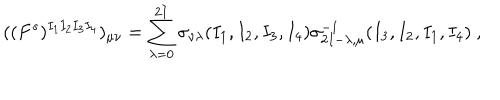
LaTeX: ( ( F ^ { s } ) ^ { I _ { 1 } I _ { 2 } I _ { 3 } I _ { 4 } } ) _ { \mu \nu } = \sum _ { \lambda = 0 } ^ { 2 I } \sigma _ { \nu \lambda } ( I _ { 1 } , I _ { 2 } , I _ { 3 } , I _ { 4 } ) \sigma _ { 2 I - \lambda , \mu } ^ { - 1 } ( I _ { 3 } , I _ { 2 } , I _ { 1 } , I _ { 4 } ) \ ,